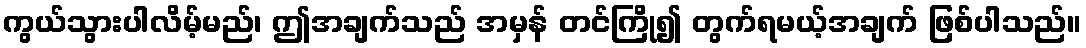
ကွယ်သွားပါလိမ့်မည်၊ ဤအချက်သည် အမှန် တင်ကြို၍ တွက်ရမယ့်အချက် ဖြစ်ပါသည်။